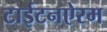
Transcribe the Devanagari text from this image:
टाईटनऐरम